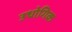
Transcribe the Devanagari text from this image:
उधोगिक